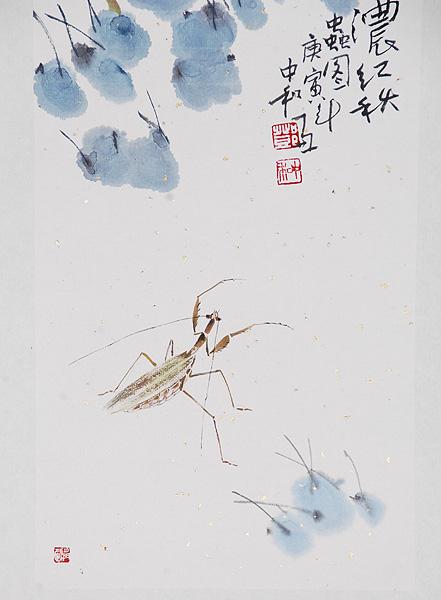
星月皎洁，明河在天，四无人声，声在树间。